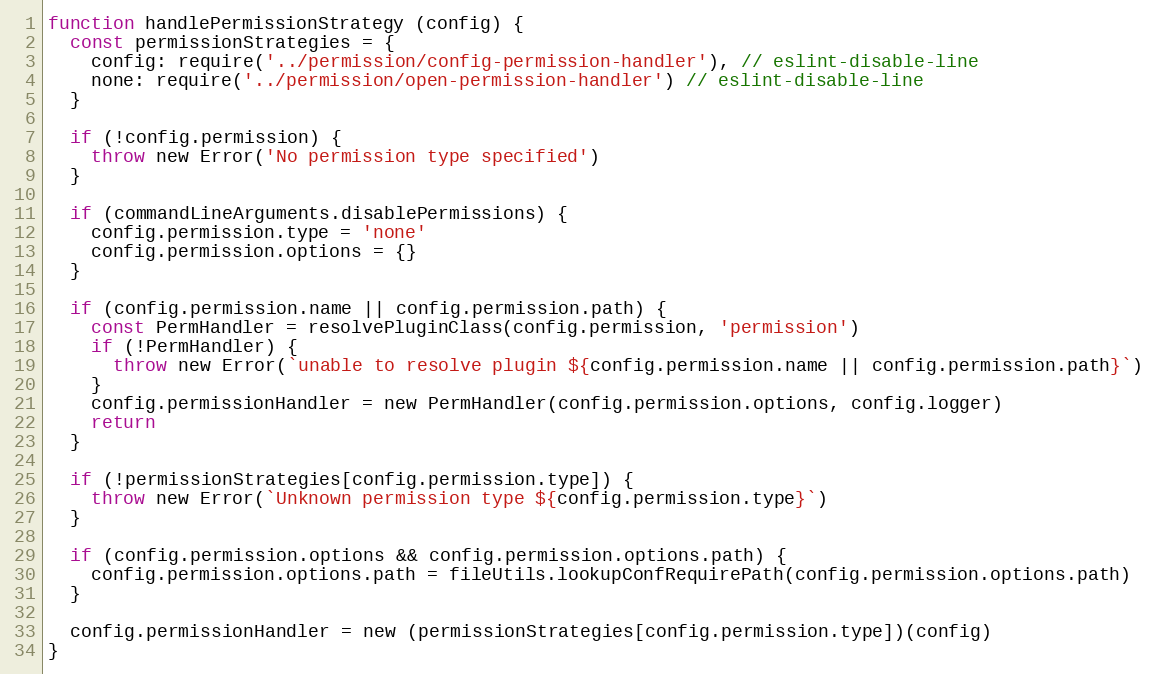
Language: JavaScript
function handlePermissionStrategy (config) {
  const permissionStrategies = {
    config: require('../permission/config-permission-handler'), // eslint-disable-line
    none: require('../permission/open-permission-handler') // eslint-disable-line
  }

  if (!config.permission) {
    throw new Error('No permission type specified')
  }

  if (commandLineArguments.disablePermissions) {
    config.permission.type = 'none'
    config.permission.options = {}
  }

  if (config.permission.name || config.permission.path) {
    const PermHandler = resolvePluginClass(config.permission, 'permission')
    if (!PermHandler) {
      throw new Error(`unable to resolve plugin ${config.permission.name || config.permission.path}`)
    }
    config.permissionHandler = new PermHandler(config.permission.options, config.logger)
    return
  }

  if (!permissionStrategies[config.permission.type]) {
    throw new Error(`Unknown permission type ${config.permission.type}`)
  }

  if (config.permission.options && config.permission.options.path) {
    config.permission.options.path = fileUtils.lookupConfRequirePath(config.permission.options.path)
  }

  config.permissionHandler = new (permissionStrategies[config.permission.type])(config)
}